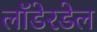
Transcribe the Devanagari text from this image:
लॉडेरडेल